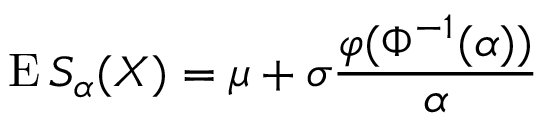
\operatorname { E } S _ { \alpha } ( X ) = \mu + \sigma { \frac { \varphi ( \Phi ^ { - 1 } ( \alpha ) ) } { \alpha } }